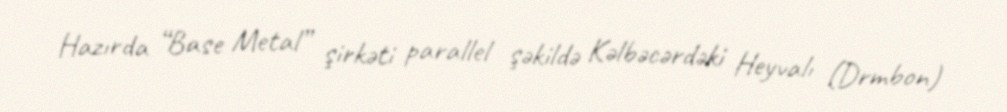
Hazırda “Base Metal” şirkəti parallel şəkildə Kəlbəcərdəki Heyvalı (Drmbon)